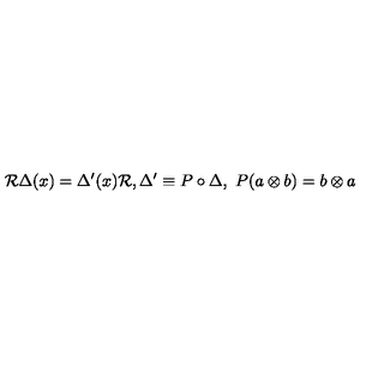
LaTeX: { \cal R } \Delta ( x ) = \Delta ^ { \prime } ( x ) { \cal R } , \Delta ^ { \prime } \equiv P \circ \Delta , \ P ( a \otimes b ) = b \otimes a